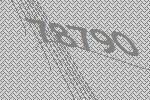
78790